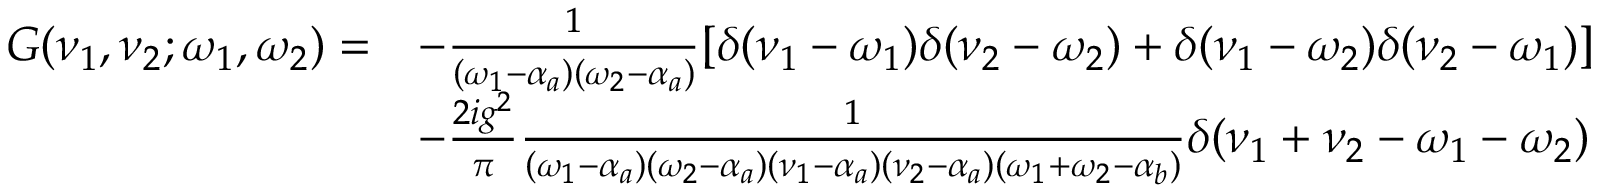
\begin{array} { r l } { G ( \nu _ { 1 } , \nu _ { 2 } ; \omega _ { 1 } , \omega _ { 2 } ) = } & { - \frac { 1 } { ( \omega _ { 1 } - \alpha _ { a } ) ( \omega _ { 2 } - \alpha _ { a } ) } [ \delta ( \nu _ { 1 } - \omega _ { 1 } ) \delta ( \nu _ { 2 } - \omega _ { 2 } ) + \delta ( \nu _ { 1 } - \omega _ { 2 } ) \delta ( \nu _ { 2 } - \omega _ { 1 } ) ] } \\ & { - \frac { 2 i g ^ { 2 } } { \pi } \frac { 1 } { ( \omega _ { 1 } - \alpha _ { a } ) ( \omega _ { 2 } - \alpha _ { a } ) ( \nu _ { 1 } - \alpha _ { a } ) ( \nu _ { 2 } - \alpha _ { a } ) ( \omega _ { 1 } + \omega _ { 2 } - \alpha _ { b } ) } \delta ( \nu _ { 1 } + \nu _ { 2 } - \omega _ { 1 } - \omega _ { 2 } ) } \end{array}